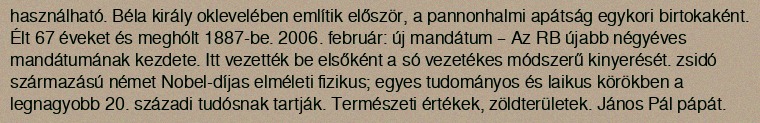
használható. Béla király oklevelében említik először, a pannonhalmi apátság egykori birtokaként. Élt 67 éveket és meghólt 1887-be. 2006. február: új mandátum – Az RB újabb négyéves mandátumának kezdete. Itt vezették be elsőként a só vezetékes módszerű kinyerését. zsidó származású német Nobel-díjas elméleti fizikus; egyes tudományos és laikus körökben a legnagyobb 20. századi tudósnak tartják. Természeti értékek, zöldterületek. János Pál pápát.